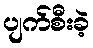
ပျက်စီးခဲ့